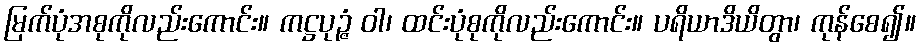
မြက်ပုံအစုကိုလည်းကောင်း။ ကဋ္ဌပုဉ္ဇံ ဝါ၊ ထင်းပုံစုကိုလည်းကောင်း။ ပရိယာဒိယိတွာ၊ ကုန်စေ၍။